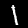
Label: 1